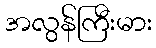
အလွန်ကြီးမား